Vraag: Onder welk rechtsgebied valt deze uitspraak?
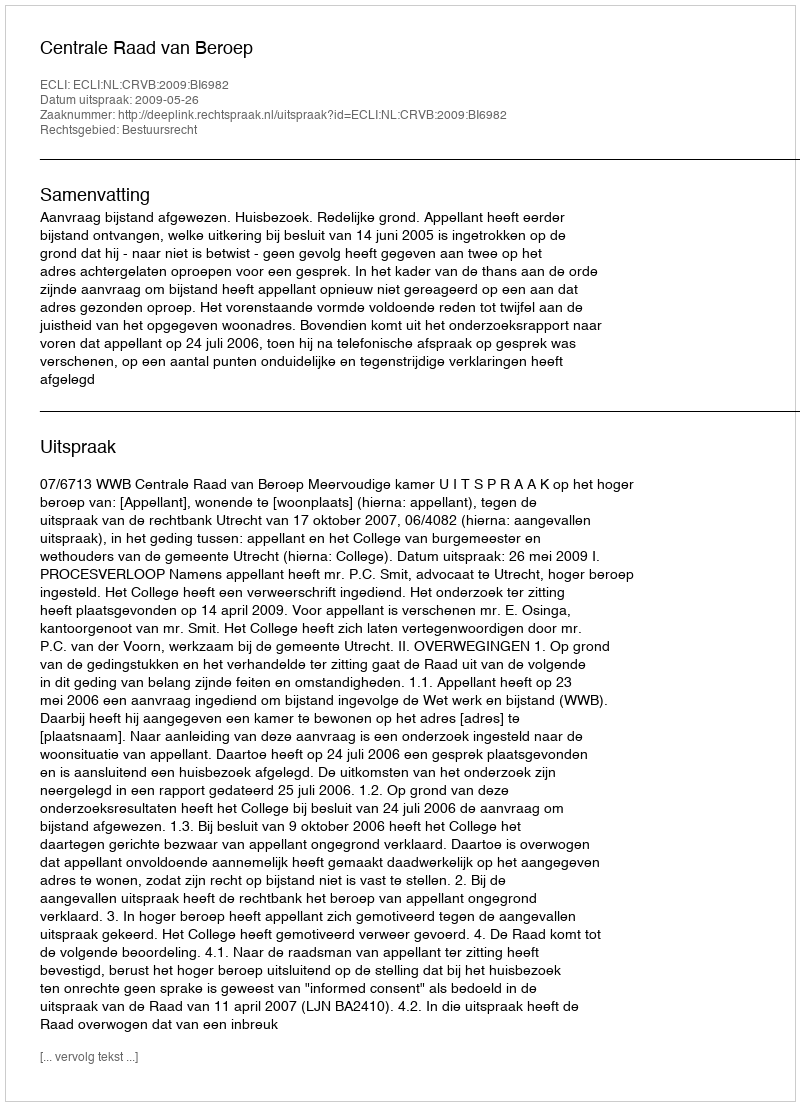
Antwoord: Bestuursrecht